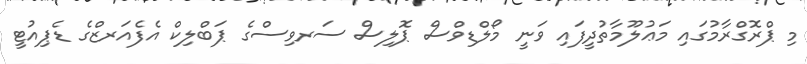
މި ޕްރޮގްރާމުގައި މަޢުލޫމާތުދީފައި ވަނީ މޯލްޑިވްސް ޕޮލިސް ސަރވިސްގެ ޕަބްލިކް އެފެއަރޒްގެ ޑެޕިއުޓީ